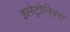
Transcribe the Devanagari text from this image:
इलेट्रोनिक्स